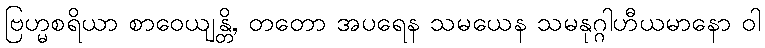
ဗြဟ္မစရိယာ စာဝေယျန္တိ, တတော အပရေန သမယေန သမနုဂ္ဂါဟီယမာနော ဝါ